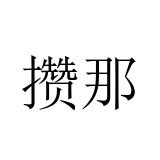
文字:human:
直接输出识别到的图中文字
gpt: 攒那